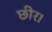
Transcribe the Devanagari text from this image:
छीर।